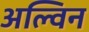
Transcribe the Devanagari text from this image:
अल्विन